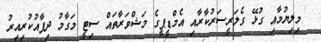
މިލިޔުމާއި ގުޅޭ ގެލަރީސަރުކާރާއި އެމްޑީޕީގެ މަޝްވަރާތައް ސިޓީ މަގާމު ދިފާއުކުރިއިރު